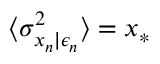
\langle \sigma _ { x _ { n } | \epsilon _ { n } } ^ { 2 } \rangle = x _ { * }